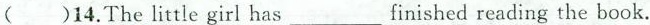
( )14.The little girl has___finished reading the book.